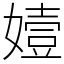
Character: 嬄